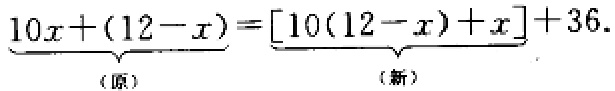
\(10x+(12 - x)=[10(12 - x)+x]+36\)